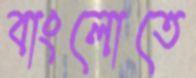
বাংলোতে